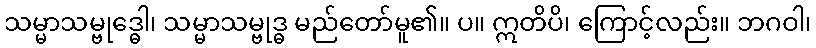
သမ္မာသမ္ဗုဒ္ဓေါ၊ သမ္မာသမ္ဗုဒ္ဓ မည်တော်မူ၏။ ပ။ ဣတိပိ၊ ကြောင့်လည်း။ ဘဂဝါ၊